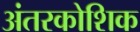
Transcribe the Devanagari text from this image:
अंतरकोशिक